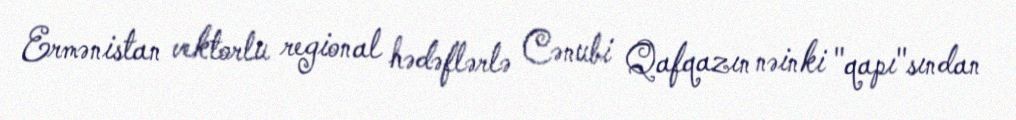
Ermənistan vektorlu regional hədəflərlə Cənubi Qafqazın nəinki "qapı"sından